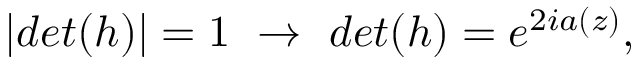
| d e t ( h ) | = 1 ~ \rightarrow ~ d e t ( h ) = e ^ { 2 i a ( z ) } ,